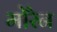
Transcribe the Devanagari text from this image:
मोरैन